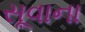
સૂવાના